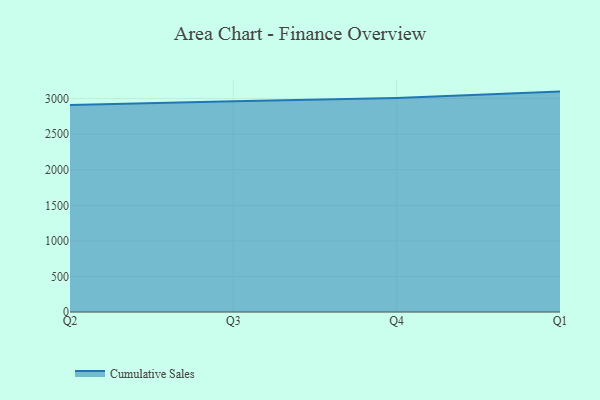
{"axis": {"x": "Quarter", "y": "Backlog"}, "legend": ["Cumulative Sales"], "data": [{"x": "Q2", "y": 2909.5, "type": "Cumulative Sales"}, {"x": "Q3", "y": 2963.6, "type": "Cumulative Sales"}, {"x": "Q4", "y": 3007.0, "type": "Cumulative Sales"}, {"x": "Q1", "y": 3098.3, "type": "Cumulative Sales"}]}